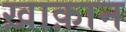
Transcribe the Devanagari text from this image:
ख़ाक़ान